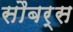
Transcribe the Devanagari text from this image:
सौबर्स